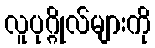
လူပုဂ္ဂိုလ်များကို